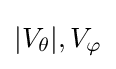
|V_{\theta }|,V_{\varphi }